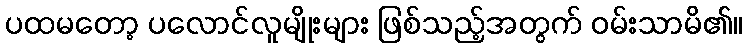
ပထမတော့ ပလောင်လူမျိုးများ ဖြစ်သည့်အတွက် ဝမ်းသာမိ၏။